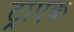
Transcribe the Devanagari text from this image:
ट्राएक